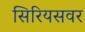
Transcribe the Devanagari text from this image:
सिरियसवर